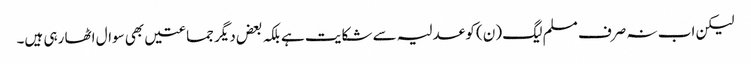
لیکن اب نہ صرف مسلم لیگ (ن) کو عدلیہ سے شکایت ہے بلکہ بعض دیگر جماعتیں بھی سوال اٹھا رہی ہیں۔